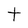
Character: t